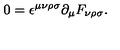
0 = \epsilon ^ { \mu \nu \rho \sigma } \partial _ { \mu } F _ { \nu \rho \sigma } .